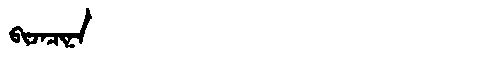
Manchu: ᠪᡳᠵᠠᠴᡳᠨᠠ
Romanization: BIJACINA